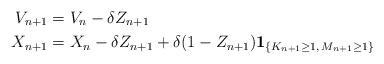
LaTeX: \begin{align*}V_{n+1}&=V_n-\delta Z_{n+1}\\X_{n+1}&=X_n-\delta Z_{n+1}+\delta (1-Z_{n+1}){\mathbf 1}_{\{K_{n+1}\ge 1,\,M_{n+1}\ge 1\}}\end{align*}